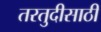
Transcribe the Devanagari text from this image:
तरतुदीसाठी